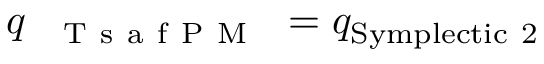
q _ { \mathrm { ~ \textsc ~ { ~ T ~ s ~ a ~ f ~ P ~ M ~ } ~ } } = q _ { \mathrm { S y m p l e c t i c \ 2 } }